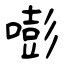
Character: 嘭